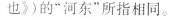
也》)的”河东”所指相同。